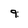
Character: 9